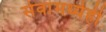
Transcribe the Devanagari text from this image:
सेवांमध्येही